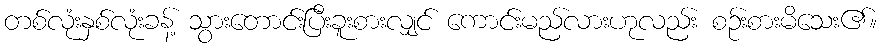
တစ်လုံးနှစ်လုံးခန့် သွားတောင်းပြီးခူးစားလျှင် ကောင်းမည်လားဟုလည်း စဉ်းစားမိသေး၏။